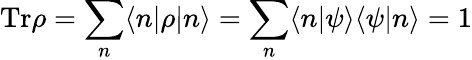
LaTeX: \mathrm{Tr}\rho=\sum_{n}\langle n|\rho|n\rangle=\sum_{n}\langle n|\psi\rangle\langle\psi|n\rangle=1